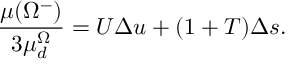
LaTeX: \frac { \mu ( \Omega ^ { - } ) } { 3 \mu _ { d } ^ { \Omega } } = U \Delta u + ( 1 + T ) \Delta s .